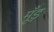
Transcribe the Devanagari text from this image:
मूँड़